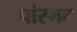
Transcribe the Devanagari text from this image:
पांरगत